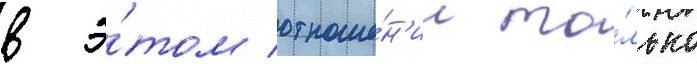
в э́том отноше́н'ии то́лько